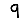
Digit: 9